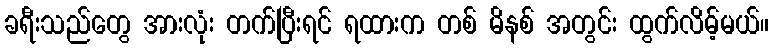
ခရီးသည်တွေ အားလုံး တက်ပြီးရင် ရထားက တစ် မိနစ် အတွင်း ထွက်လိမ့်မယ်။